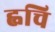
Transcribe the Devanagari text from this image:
ह्वचि